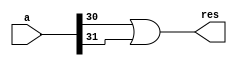
module comp_notequal(input[31:0] a, output res);
    wire[30:0] temp;
    genvar i;
    for(i=0;i<31;i=i+1) begin
        or(temp[i],a[i],a[i+1]);
    end
    assign res=temp[30];
endmodule